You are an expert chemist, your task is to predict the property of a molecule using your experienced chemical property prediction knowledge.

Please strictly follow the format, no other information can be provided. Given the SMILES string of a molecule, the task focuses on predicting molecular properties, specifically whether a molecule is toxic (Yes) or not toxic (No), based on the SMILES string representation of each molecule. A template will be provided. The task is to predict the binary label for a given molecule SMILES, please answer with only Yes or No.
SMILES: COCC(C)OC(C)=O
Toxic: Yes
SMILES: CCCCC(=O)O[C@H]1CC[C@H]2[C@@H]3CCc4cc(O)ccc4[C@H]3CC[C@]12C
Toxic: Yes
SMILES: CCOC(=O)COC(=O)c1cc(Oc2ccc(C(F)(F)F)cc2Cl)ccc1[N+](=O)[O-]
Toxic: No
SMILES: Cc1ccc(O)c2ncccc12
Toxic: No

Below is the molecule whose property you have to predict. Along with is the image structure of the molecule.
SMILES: Cc1nc2ccc(Cl)cc2[nH]1
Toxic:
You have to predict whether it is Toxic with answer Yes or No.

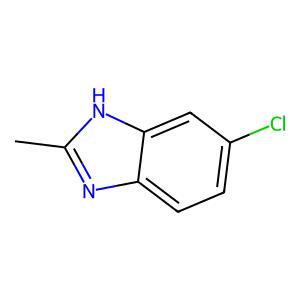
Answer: No